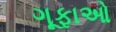
ગૂફાઓ